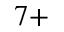
^ { 7 + }